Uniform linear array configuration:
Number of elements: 16
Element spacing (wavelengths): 0.5
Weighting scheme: blackman
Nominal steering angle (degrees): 60
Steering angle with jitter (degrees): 61.232
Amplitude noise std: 0.05
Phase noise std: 0.05

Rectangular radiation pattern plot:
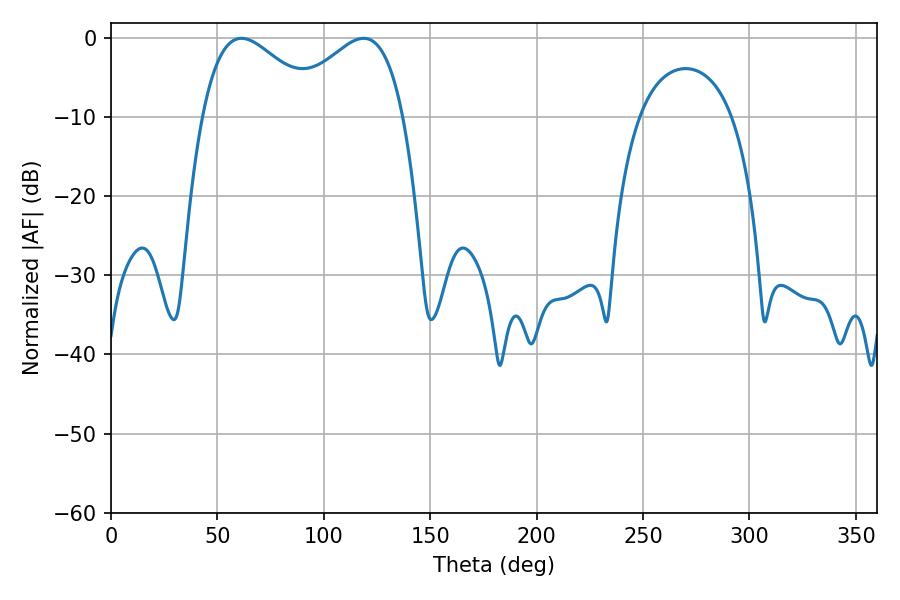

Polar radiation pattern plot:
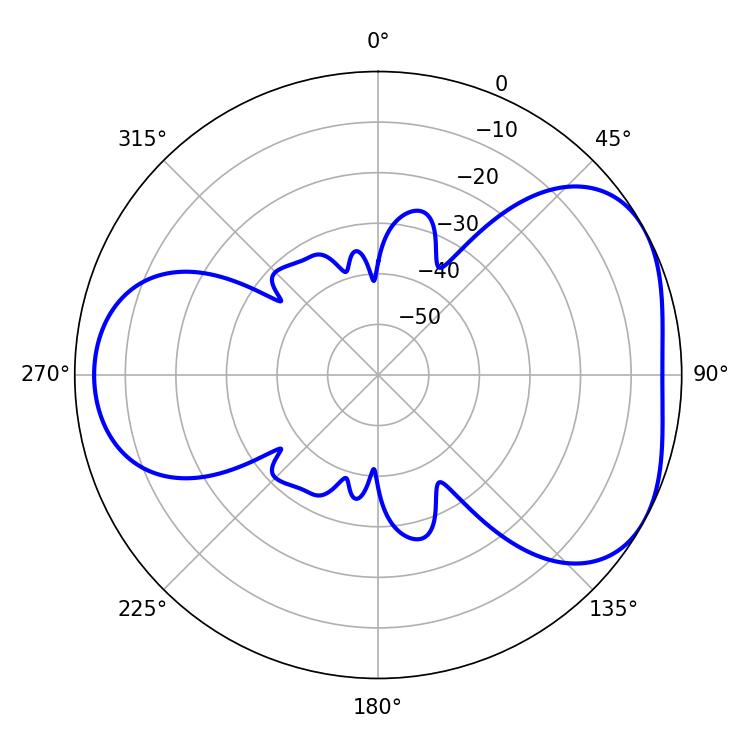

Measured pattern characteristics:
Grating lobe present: FALSE
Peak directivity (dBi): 4.437
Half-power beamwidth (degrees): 30.24
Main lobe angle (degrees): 61.38